画像に写った文字を読んでください
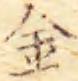
「金」と書いてあります